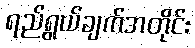
ရည်ရွယ်ချက်အတိုင်း